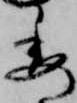
委